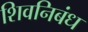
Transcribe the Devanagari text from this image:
शिवनिबंध